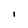
Character: I